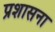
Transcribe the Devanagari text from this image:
प्रशासना